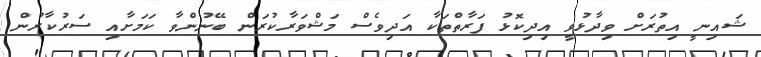
ޝައިނީ އިތުރަށް ވިދާޅުވީ އިދިކޮޅު ފަރާތްތަކާ އަދިވެސް މަޝްވަރާކުރަން ބޭނުންވާ ކަމަށާއި ސަރުކާރުން